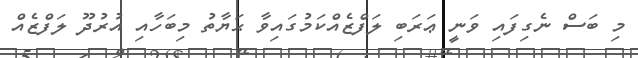
މި ބަސް ނެގިފައި ވަނީ ޢަރަބި ލަފްޒެއްކަމުގައިވާ ޙަޔާތު މިބަހާއި އުރުދޫ ލަފްޒެއް